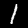
Label: 1